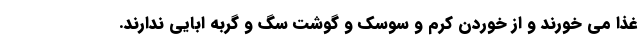
غذا می خورند و از خوردن کرم و سوسک و گوشت سگ و گربه ابایی ندارند.